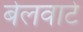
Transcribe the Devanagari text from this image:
बेलवाटे